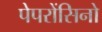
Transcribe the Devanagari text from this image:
पेपरोंसिनो